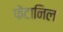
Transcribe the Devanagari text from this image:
फेंटानिल